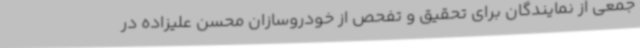
جمعی از نمایندگان برای تحقیق و تفحص از خودروسازان محسن علیزاده در